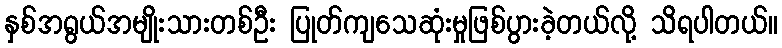
နှစ်အရွယ်အမျိုးသားတစ်ဦး ပြုတ်ကျသေဆုံးမှုဖြစ်ပွားခဲ့တယ်လို့ သိရပါတယ်။